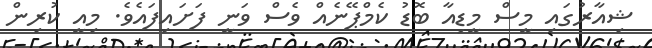
ޝިއާރުގައި މީސް މީޑިއާ ބޮޑު ކެމްޕޭނެއް ވެސް ވަނީ ފަށައިފައެވެ. މިއީ ކުރިން